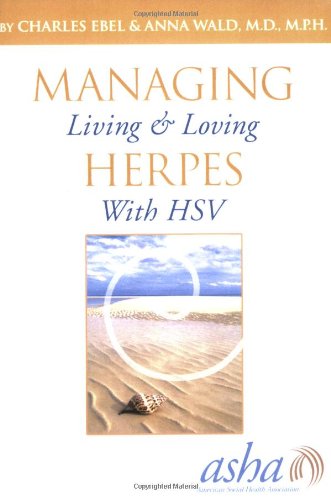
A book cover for Managing Herpes: Living and Loving With HSV; Charles Ebel and Anna Wald; Health, Fitness & Dieting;